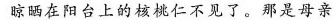
晾晒在阳台上的核桃仁不见了。那是母亲